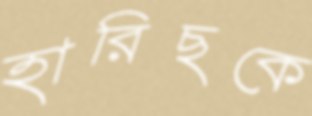
হারিছকে